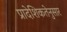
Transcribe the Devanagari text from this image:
प्रादेशिकतेनुसार